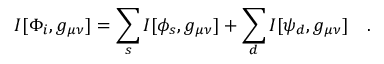
I [ \Phi _ { i } , g _ { \mu \nu } ] = \sum _ { s } I [ \phi _ { s } , g _ { \mu \nu } ] + \sum _ { d } I [ \psi _ { d } , g _ { \mu \nu } ] ~ ~ ~ .